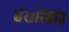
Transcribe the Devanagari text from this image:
हंसस्थिति